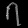
Digit: ၇